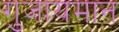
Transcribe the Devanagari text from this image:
गुजायमान